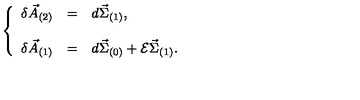
\left\{ \begin{array} { r c l } { \delta \vec { A } _ { ( 2 ) } } & { = } & { d \vec { \Sigma } _ { ( 1 ) } , } \\ { } & { } & { } \\ { \delta \vec { A } _ { ( 1 ) } } & { = } & { d \vec { \Sigma } _ { ( 0 ) } + { \cal E } \vec { \Sigma } _ { ( 1 ) } . } \\ \end{array} \right.